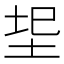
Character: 𭎐